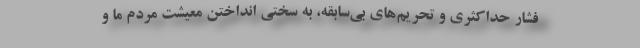
فشار حداکثری و تحریم‌های بی‌سابقه، به سختی انداختن معیشت مردم ما و